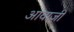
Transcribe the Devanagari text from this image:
आवाज़ी